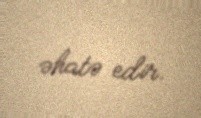
əhatə edir.